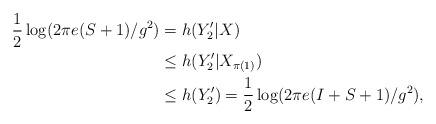
LaTeX: \begin{align*}\frac{1}{2}\log(2\pi e(S+1)/g^2) &= h(Y_2'|X)\\&\le h(Y_2'|X_{\pi(1)})\\&\le h(Y_2') = \frac{1}{2} \log(2\pi e(I + S + 1)/g^2),\end{align*}